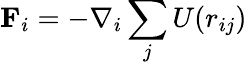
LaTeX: \textbf{F}_{i}=-\nabla_{i}\sum_{j}U(r_{ij})